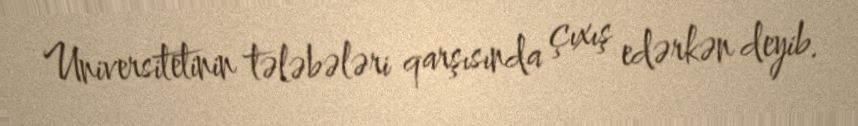
Universitetinin tələbələri qarşısında çıxış edərkən deyib.